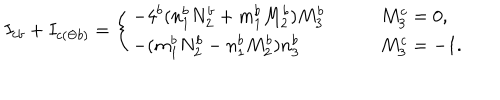
I _ { c b } + I _ { c ( \Theta b ) } = \left\{ \begin{array} { l l } { { - 4 ^ { b } ( n _ { 1 } ^ { b } N _ { 2 } ^ { b } + m _ { 1 } ^ { b } M _ { 2 } ^ { b } ) M _ { 3 } ^ { b } } } & { { \qquad M _ { 3 } ^ { c } = 0 , } } \\ { { - ( m _ { 1 } ^ { b } N _ { 2 } ^ { b } - n _ { 1 } ^ { b } M _ { 2 } ^ { b } ) n _ { 3 } ^ { b } } } & { { \qquad M _ { 3 } ^ { c } = - 1 . } } \\ \end{array} \right.